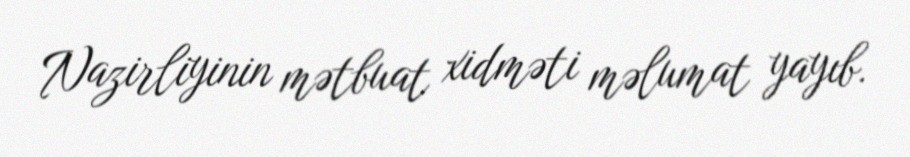
Nazirliyinin mətbuat xidməti məlumat yayıb.